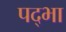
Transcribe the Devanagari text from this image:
पद्भा